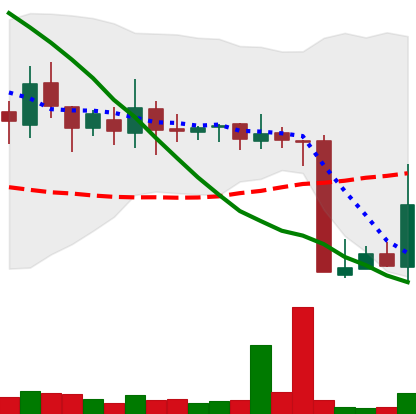
Ticker: XMR-USD
Chart end date: 2018-10-15
Forward return: -3.109%
Label: down_3_5